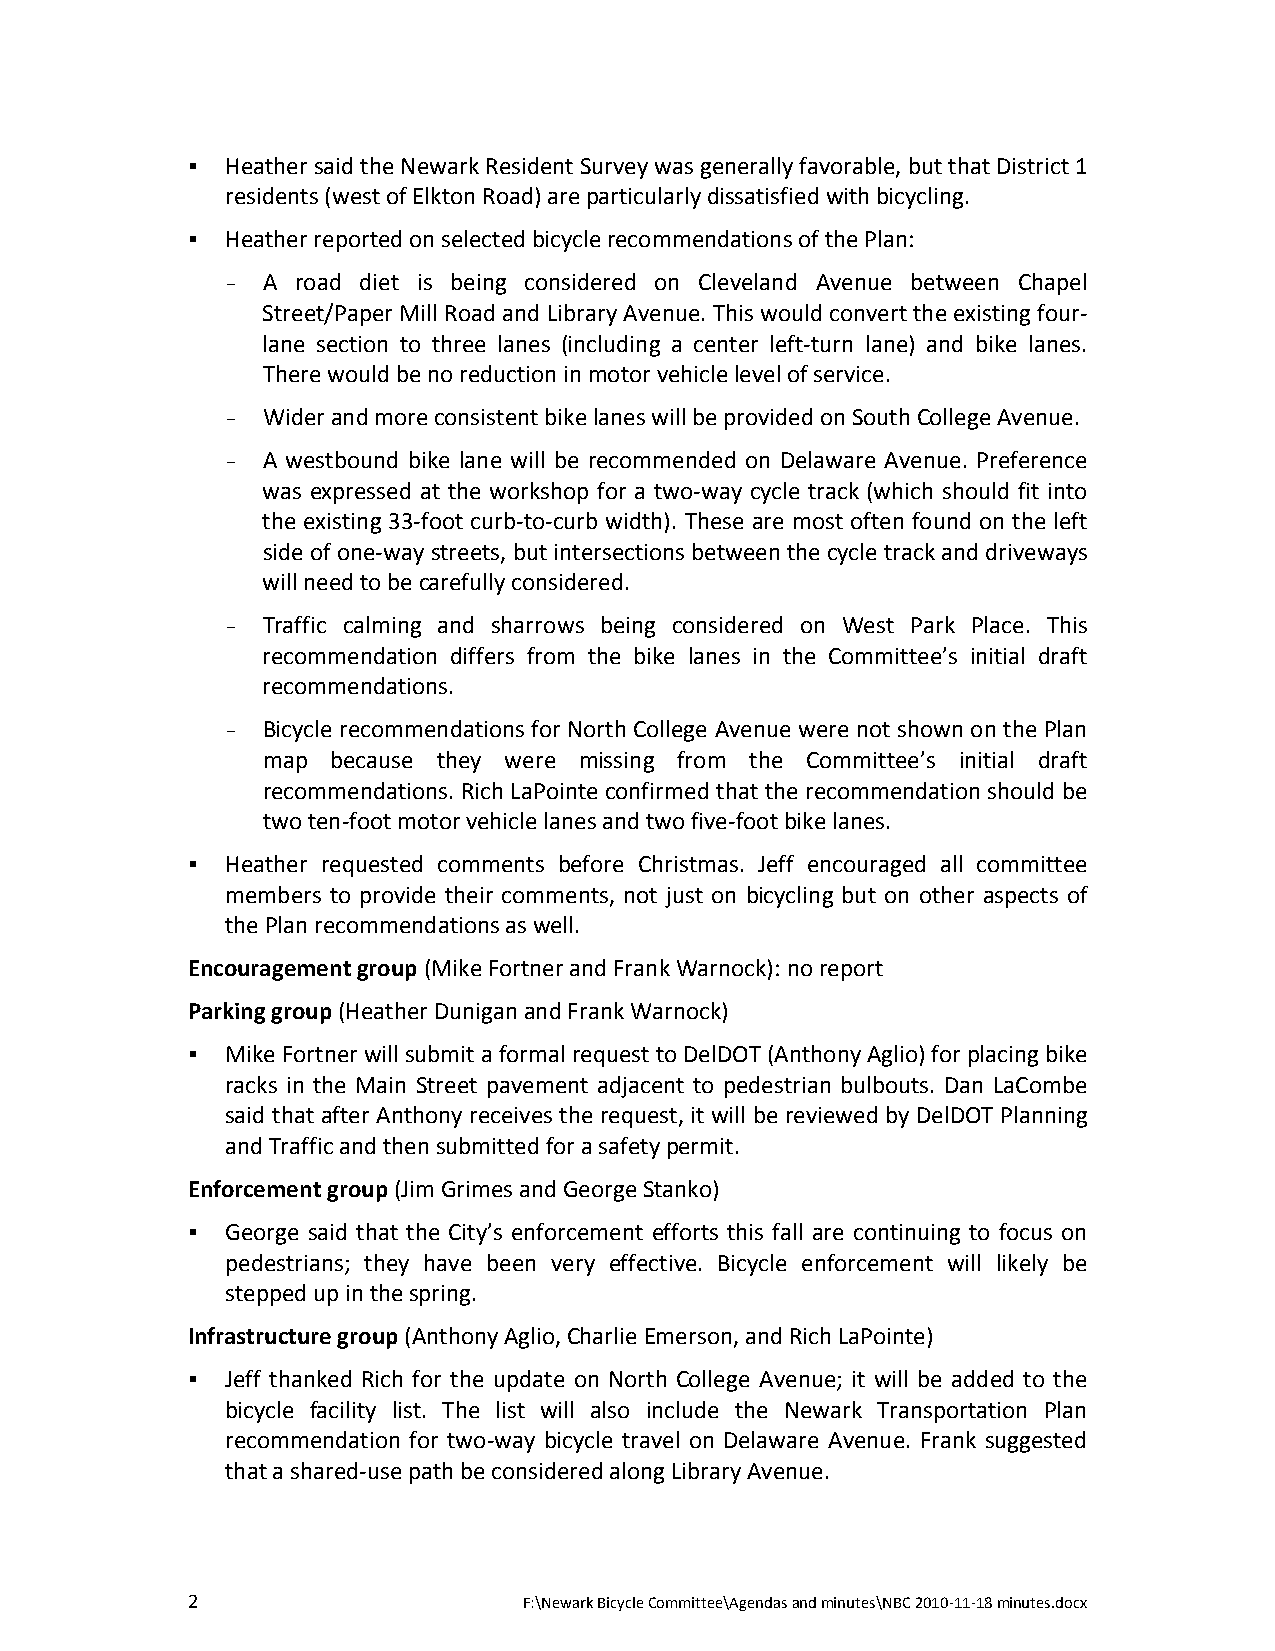
  Heather said the Newark Resident Survey was generally favorable, but that District 1
 residents (west of Elkton Road) are particularly dissatisfied with bicycling.
   Heather reported on selected bicycle recommendations of the Plan:
 - A  road diet is being considered on Cleveland Avenue between Chapel
 Street/Paper Mill Road and Library Avenue. This would convert the existing four‐
 lane section to three lanes (including a center left‐turn lane) and bike lanes.
 There would be no reduction in motor vehicle level of service.
 - Wider and more consistent bike lanes will be provided on South College Avenue.
 - A westbound bike lane will be recommended on Delaware Avenue. Preference
 was expressed at the workshop for a two‐way cycle track (which should fit into
 the existing 33‐foot curb‐to‐curb width). These are most often found on the left
 side of one‐way streets, but intersections between the cycle track and driveways
 will need to be carefully considered.
 - Traffic calming and sharrows being considered on West Park Place. This
 recommendation differs from the bike lanes in the Committee’s initial draft
 recommendations.
 - Bicycle recommendations for North College Avenue were not shown on the Plan
 map  because they were missing from the Committee’s initial draft
 recommendations. Rich LaPointe confirmed that the recommendation should be
 two ten‐foot motor vehicle lanes and two five‐foot bike lanes.
   Heather requested comments before Christmas. Jeff encouraged all committee
 members to provide their comments, not just on bicycling but on other aspects of
 the Plan recommendations as well.
 Encouragement group (Mike Fortner and Frank Warnock): no report
 Parking group (Heather Dunigan and Frank Warnock)
   Mike Fortner will submit a formal request to DelDOT (Anthony Aglio) for placing bike
 racks in the Main Street pavement adjacent to pedestrian bulbouts. Dan LaCombe
 said that after Anthony receives the request, it will be reviewed by DelDOT Planning
 and Traffic and then submitted for a safety permit.
 Enforcement group (Jim Grimes and George Stanko)
   George said that the City’s enforcement efforts this fall are continuing to focus on
 pedestrians; they have been very effective. Bicycle enforcement will likely be
 stepped up in the spring.
 Infrastructure group (Anthony Aglio, Charlie Emerson, and Rich LaPointe)
   Jeff thanked Rich for the update on North College Avenue; it will be added to the
 bicycle facility list. The list will also include the Newark Transportation Plan
 recommendation for two‐way bicycle travel on Delaware Avenue. Frank suggested
 that a shared‐use path be considered along Library Avenue.
 2                      F:\Newark Bicycle Committee\Agendas and minutes\NBC 2010‐11‐18 minutes.docx